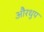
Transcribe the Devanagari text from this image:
औरधुप